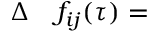
\begin{array} { r l } { \Delta } & { { } f _ { i j } ( \tau ) = } \end{array}